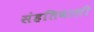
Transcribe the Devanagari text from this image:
संहतिवाली